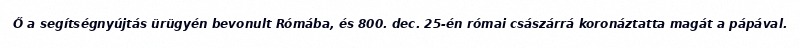
Ő a segítségnyújtás ürügyén bevonult Rómába, és 800. dec. 25-én római császárrá koronáztatta magát a pápával.